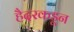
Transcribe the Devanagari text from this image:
हैदरकडून